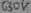
Text: 630V